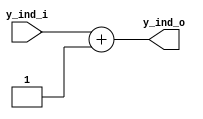
/******************************************************************
*Module name : y_i
*Type        : Verilog Module
*
*Description : counter for y indexes
*------------------------------------------------------------------
*	clocks    : none
*	reset		 : none
* 
*Parameters  : none
*
******************************************************************/

module y_i(
	input [5:0] y_ind_i,
	
	output [5:0] y_ind_o);
	
assign y_ind_o = y_ind_i + 6'b000001;

endmodule